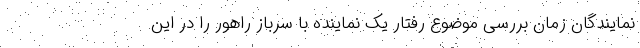
نمایندگان زمان بررسی موضوع رفتار یک نماینده با سرباز راهور را در این